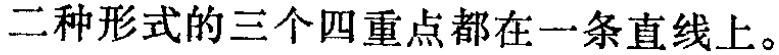
二种形式的三个四重点都在一条直线上。